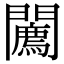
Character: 𨷓